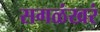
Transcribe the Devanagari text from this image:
सगळंखरं